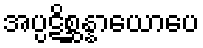
အပ္ပဋိစ္ဆန္နာယောပေ